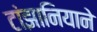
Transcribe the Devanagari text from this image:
टांझानियाने